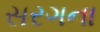
સરગના